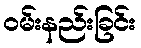
ဝမ်းနည်းခြင်း